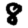
Digit: 8